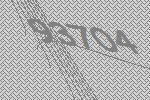
93704